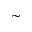
\sim